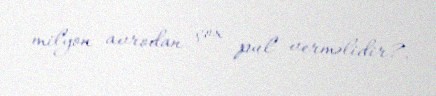
milyon avrodan çox pul verməlidir?.